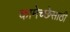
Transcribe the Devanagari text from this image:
कामेच्छेसाठी